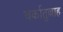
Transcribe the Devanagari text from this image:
बर्कातुल्लाह